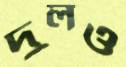
দুলও